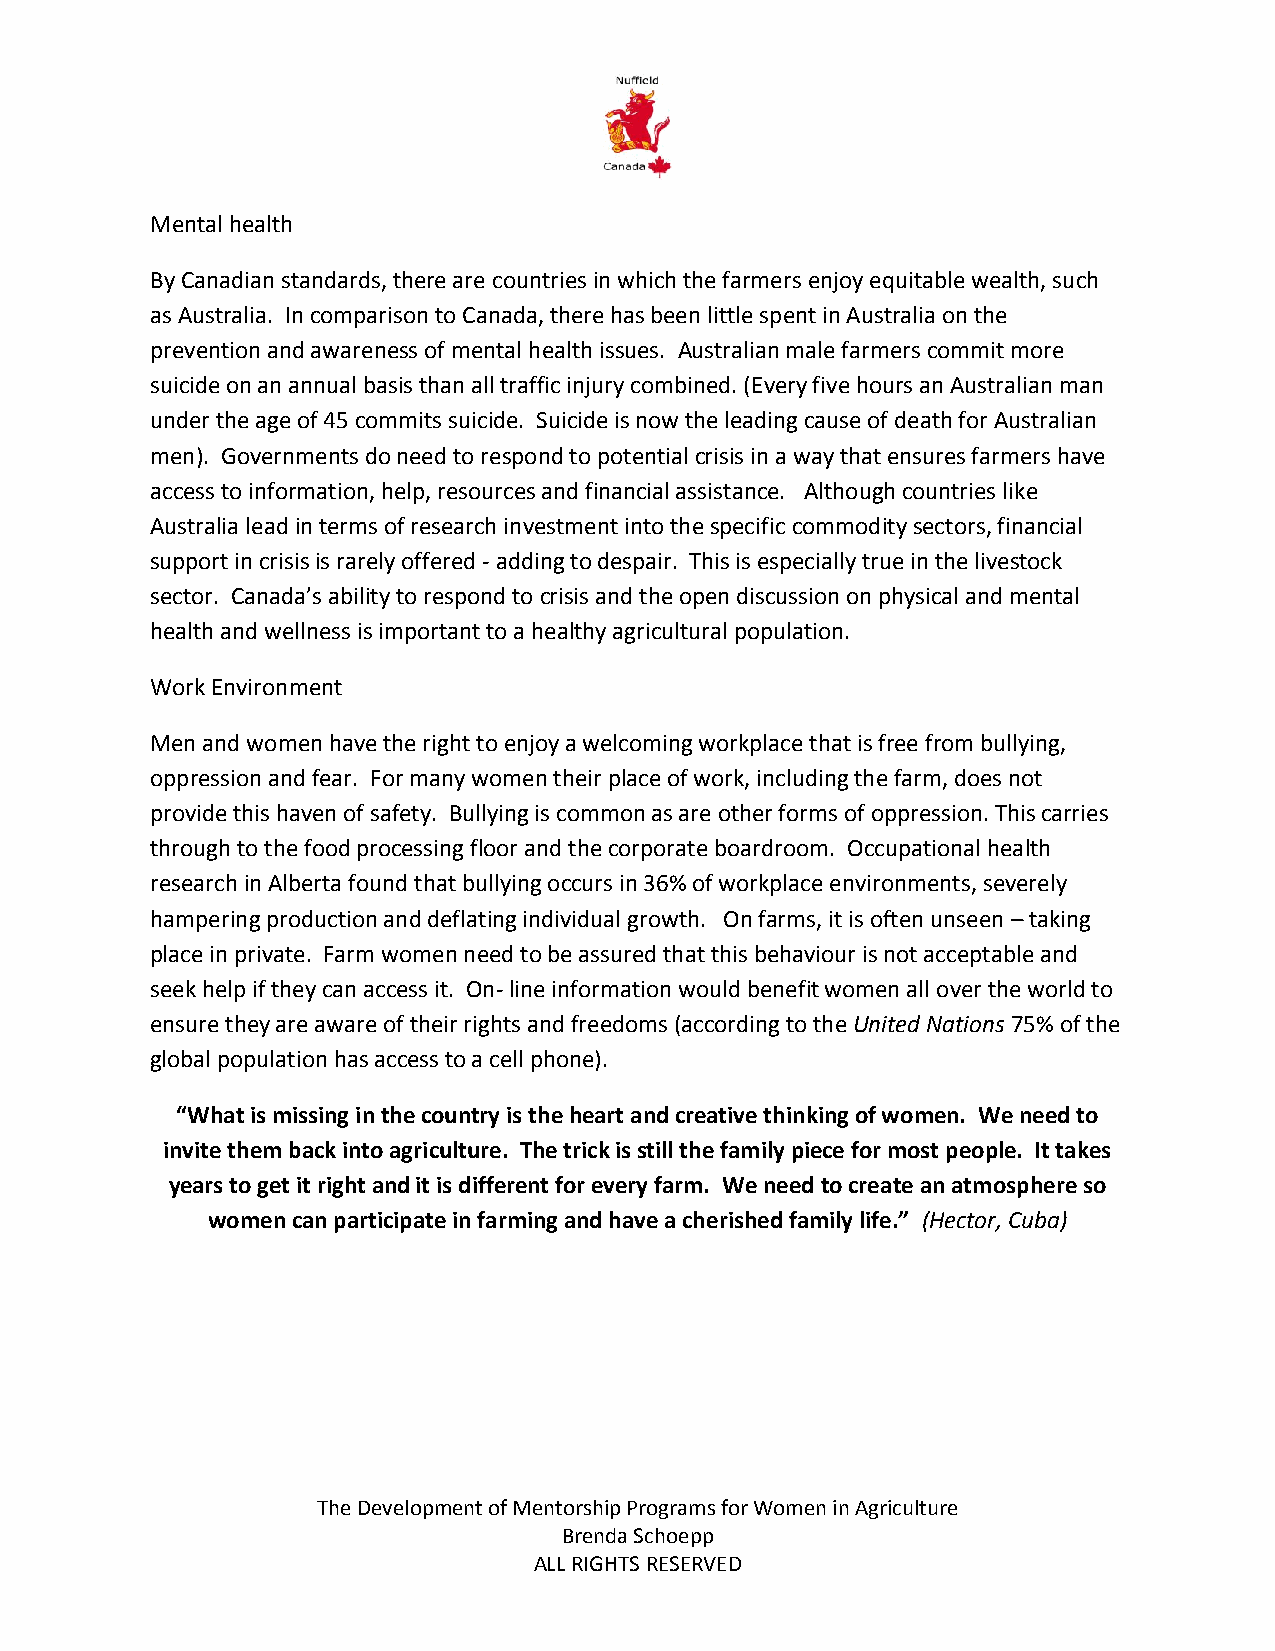
Mental health
 By Canadian standards, there are countries in which the farmers enjoy equitable wealth, such
 as Australia. In comparison to Canada, there has been little spent in Australia on the
 prevention and awareness of mental health issues. Australian male farmers commit more
 suicide on an annual basis than all traffic injury combined. (Every five hours an Australian man
 under the age of 45 commits suicide. Suicide is now the leading cause of death for Australian
 men). Governments do need to respond to potential crisis in a way that ensures farmers have
 access to information, help, resources and financial assistance. Although countries like
 Australia lead in terms of research investment into the specific commodity sectors, financial
 support in crisis is rarely offered - adding to despair. This is especially true in the livestock
 sector. Canada’s ability to respond to crisis and the open discussion on physical and mental
 health and wellness is important to a healthy agricultural population.
 Work Environment
 Men and women have the right to enjoy a welcoming workplace that is free from bullying,
 oppression and fear. For many women their place of work, including the farm, does not
 provide this haven of safety. Bullying is common as are other forms of oppression. This carries
 through to the food processing floor and the corporate boardroom. Occupational health
 research in Alberta found that bullying occurs in 36% of workplace environments, severely
 hampering production and deflating individual growth. On farms, it is often unseen – taking
 place in private. Farm women need to be assured that this behaviour is not acceptable and
 seek help if they can access it. On- line information would benefit women all over the world to
 ensure they are aware of their rights and freedoms (according to the United Nations 75% of the
 global population has access to a cell phone).
 “What is missing in the country is the heart and creative thinking of women. We need to
 invite them back into agriculture. The trick is still the family piece for most people. It takes
 years to get it right and it is different for every farm. We need to create an atmosphere so
 women can participate in farming and have a cherished family life.” (Hector, Cuba)
 The Development of Mentorship Programs for Women in Agriculture
 Brenda Schoepp
 ALL RIGHTS RESERVED